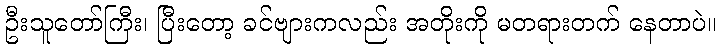
ဦးသူတော်ကြီး၊ ပြီးတော့ ခင်ဗျားကလည်း အတိုးကို မတရားတက် နေတာပဲ။